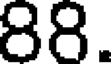
88.